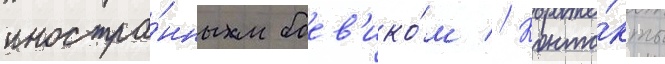
иностра́нным боев'ико́м // Конта́кты